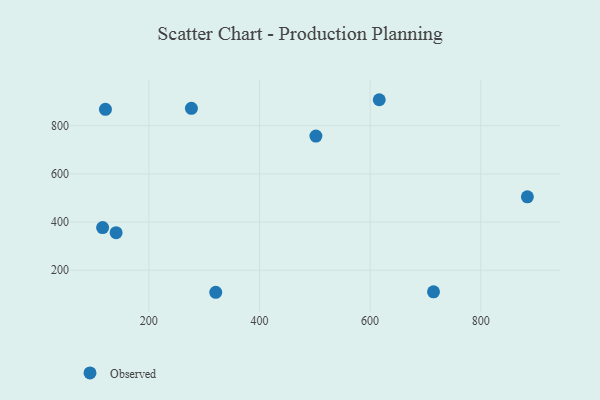
{"axis": {"x": "Experience", "y": "Salary"}, "legend": ["Observed"], "data": [{"x": "714.6", "y": 110.2, "type": "Observed"}, {"x": "320.9", "y": 108.2, "type": "Observed"}, {"x": "116.4", "y": 376.9, "type": "Observed"}, {"x": "140.8", "y": 355.9, "type": "Observed"}, {"x": "502.0", "y": 757.3, "type": "Observed"}, {"x": "616.5", "y": 908.2, "type": "Observed"}, {"x": "884.3", "y": 504.8, "type": "Observed"}, {"x": "121.5", "y": 868.2, "type": "Observed"}, {"x": "276.9", "y": 872.6, "type": "Observed"}]}